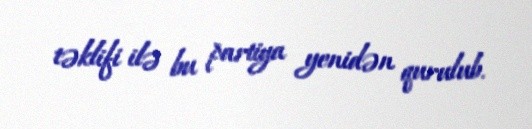
təklifi ilə bu partiya yenidən qurulub.